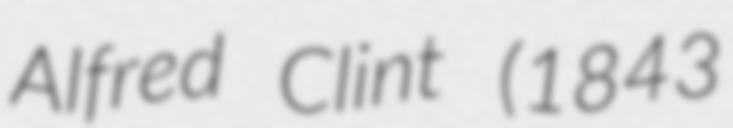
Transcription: Alfred Clint (1843